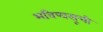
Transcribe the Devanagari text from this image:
भविष्यसूची